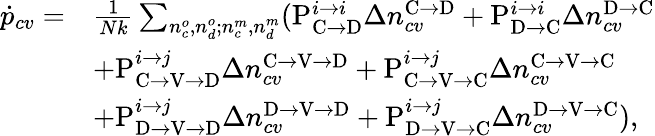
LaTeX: \begin{array}{rl}{\dot{p}_{cv}=}&{\frac{1}{Nk}\sum_{n_{c}^{o},n_{d}^{o};n_{c}^{m},n_{d}^{m}}(\mathrm{P}_{\mathrm{C}\rightarrow\mathrm{D}}^{i\rightarrow i}\Delta n_{cv}^{\mathrm{C}\rightarrow\mathrm{D}}+\mathrm{P}_{\mathrm{D}\rightarrow\mathrm{C}}^{i\rightarrow i}\Delta n_{cv}^{\mathrm{D}\rightarrow\mathrm{C}}}\\ &{+\mathrm{P}_{\mathrm{C}\rightarrow\mathrm{V}\rightarrow\mathrm{D}}^{i\rightarrow j}\Delta n_{cv}^{\mathrm{C}\rightarrow\mathrm{V}\rightarrow\mathrm{D}}+\mathrm{P}_{\mathrm{C}\rightarrow\mathrm{V}\rightarrow\mathrm{C}}^{i\rightarrow j}\Delta n_{cv}^{\mathrm{C}\rightarrow\mathrm{V}\rightarrow\mathrm{C}}}\\ &{+\mathrm{P}_{\mathrm{D}\rightarrow\mathrm{V}\rightarrow\mathrm{D}}^{i\rightarrow j}\Delta n_{cv}^{\mathrm{D}\rightarrow\mathrm{V}\rightarrow\mathrm{D}}+\mathrm{P}_{\mathrm{D}\rightarrow\mathrm{V}\rightarrow\mathrm{C}}^{i\rightarrow j}\Delta n_{cv}^{\mathrm{D}\rightarrow\mathrm{V}\rightarrow\mathrm{C}}),}\end{array}